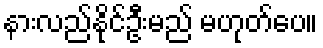
နားလည်နိုင်ဦးမည် မဟုတ်ပေ။